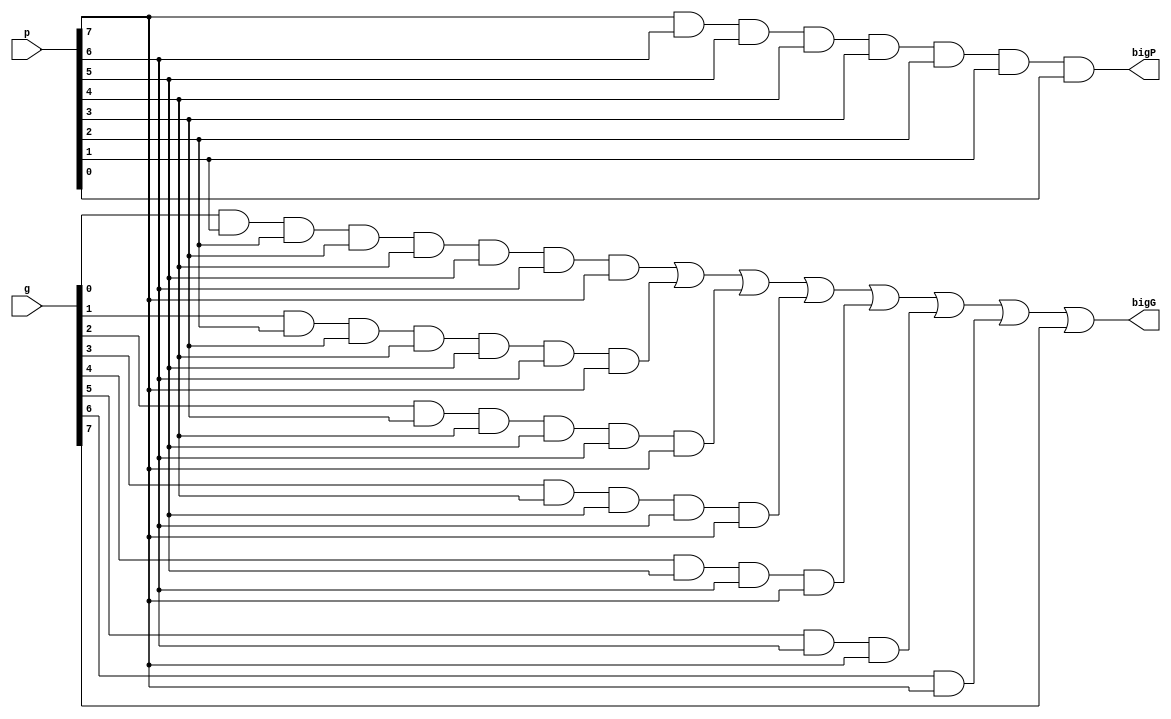
module bigGPmaker(bigG, bigP, g, p);

    // input the 32 bits of the small gs and ps to generate the big gs and ps
    input [7:0] g, p;

    // output the big gs and ps
    output bigG, bigP;

    wire w1, w2, w3, w4, w5, w6, w7, w8, w9;
    // P0 = p7p6p5p4p3p2p1p0
    // G0 = g7 + p7g6 + p7p6p5 + p7p6p5g4 + p7p6p5p4g3 + p7p6p5p4p3g2 + p7p6p5p4p3p2g1 + p7p6p5p4p3p2p1g0
    and bigp0(bigP, p[7], p[6], p[5], p[4], p[3], p[2], p[1], p[0]);
    and c8A2(w3, g[0], p[1], p[2], p[3], p[4], p[5], p[6], p[7]);
    and c8A3(w4, g[1], p[2], p[3], p[4], p[5], p[6], p[7]);
    and c8A4(w5, g[2], p[3], p[4], p[5], p[6], p[7]);
    and c8A5(w6, g[3], p[4], p[5], p[6], p[7]);
    and c8A6(w7, g[4], p[5], p[6], p[7]);
    and c8A7(w8, g[5], p[6], p[7]);
    and c8A8(w9, g[6], p[7]);
    or c8B1(bigG, w3, w4, w5, w6, w7, w8, w9, g[7]);

endmodule